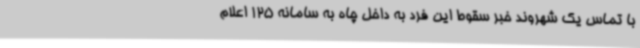
با تماس یک شهروند خبر سقوط این فرد به داخل چاه به سامانه 125 اعلام